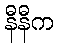
နီနီက